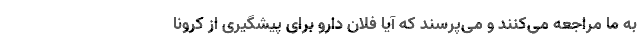
به ما مراجعه می‌کنند و می‌پرسند که آیا فلان دارو برای پیشگیری از کرونا